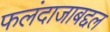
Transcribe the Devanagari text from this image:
फलंदाजाबद्दल